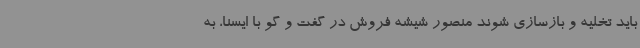
باید تخلیه و بازسازی شوند منصور شیشه فروش در گفت و گو با ایسنا، به